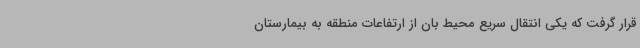
قرار گرفت که یکی انتقال سریع محیط بان از ارتفاعات منطقه به بیمارستان